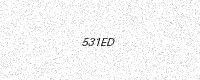
Text: 531ED